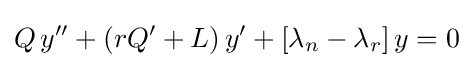
{Q}\,y''+(rQ'+L)\,y'+[\lambda _{n}-\lambda _{r}]\,y=0